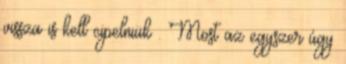
vissza is kell cipelniük . Most az egyszer úgy